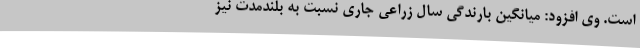
است. وی افزود: میانگین بارندگی سال زراعی جاری نسبت به بلندمدت نیز